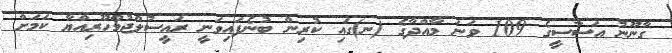
ގާނޫނު އަސާސީގެ 109 ވަނަ މާއްދާގެ (ނ)ގައި ކުރިން ބުނެފައިވަނީ ރައީސުލްޖުމްހޫރިއްޔާ ކަމަށް